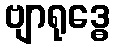
ဗျာရုဒ္ဓေ